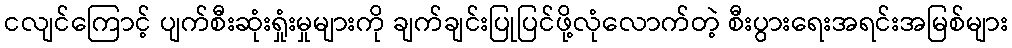
ငလျင်ကြောင့် ပျက်စီးဆုံးရှုံးမှုများကို ချက်ချင်းပြုပြင်ဖို့လုံလောက်တဲ့ စီးပွားရေးအရင်းအမြစ်များ